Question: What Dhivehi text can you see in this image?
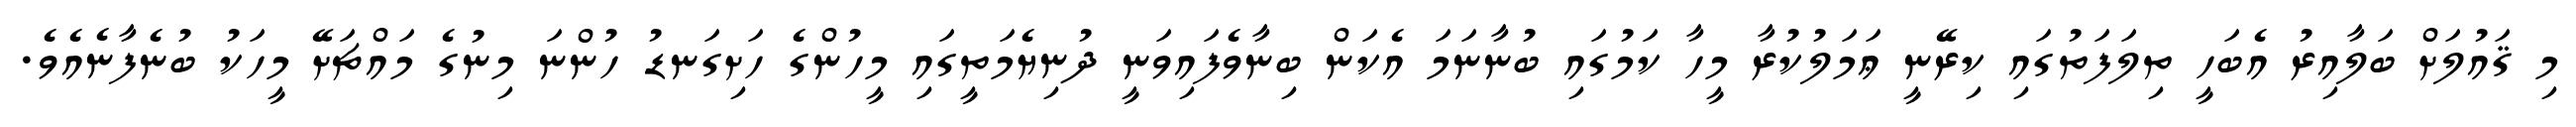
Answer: މި ޤައުލަށް ބަލާއިރު އެބަހީ ތިލަފަތުގައި ކިރޭނީ ޢަމަލުކުރާ މީހާ ކަމުގައި ބުނާނަމަ އެކަން ބިނާވެފައިވަނީ ދުނިޔެމަތީގައި މީހުންގެ ހަށިގަނޑު ހުންނަ މިނުގެ މައްޗަށޭ މީހަކު ބުނެފާނެއެވެ.